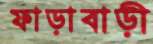
ফাড়াবাড়ী